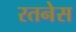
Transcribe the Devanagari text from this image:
रतनेस